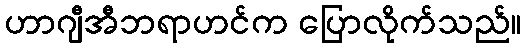
ဟာဂျီအီဘရာဟင်က ပြောလိုက်သည်။